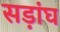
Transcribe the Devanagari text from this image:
सड़ांघ